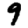
Digit: 9